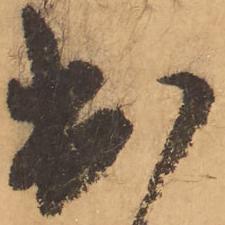
出